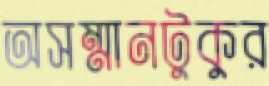
অসম্মানটুকুর